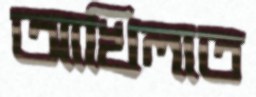
আখিলাত